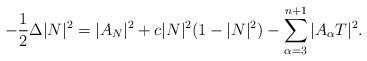
LaTeX: \begin{align*}-\frac{1}{2}\Delta|N|^2=|A_N|^2+c|N|^2(1-|N|^2)-\sum_{\alpha=3}^{n+1}|A_{\alpha}T|^2.\end{align*}